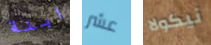
ابنة عشر نيكولا